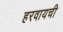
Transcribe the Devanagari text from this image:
हरवायची